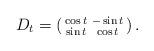
LaTeX: \begin{align*}D_t=\left(\begin{smallmatrix}\cos t&-\sin t\\\sin t&\cos t\end{smallmatrix} \right).\end{align*}